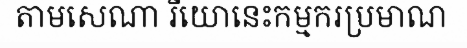
តាមសេណា រីយោនេះកម្មករប្រមាណ